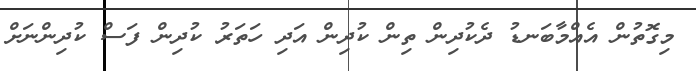
މިގޮތުން އެއްމާބަނޑު ދެކުދިން ތިން ކުދިން އަދި ހަތަރު ކުދިން ފަސް ކުދިންނަށް